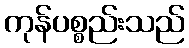
ကုန်ပစ္စည်းသည်